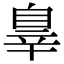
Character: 辠